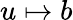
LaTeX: u\mapsto b